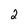
Character: 2